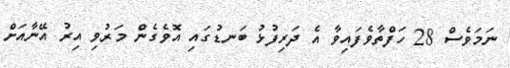
ނަމަވެސް 28 ހަފްތާވެފައިވާ އެ ދަރިފުޅު ބަނޑުގައި އޮވެގެން މަރުވި އިރު އޭނާއަށް